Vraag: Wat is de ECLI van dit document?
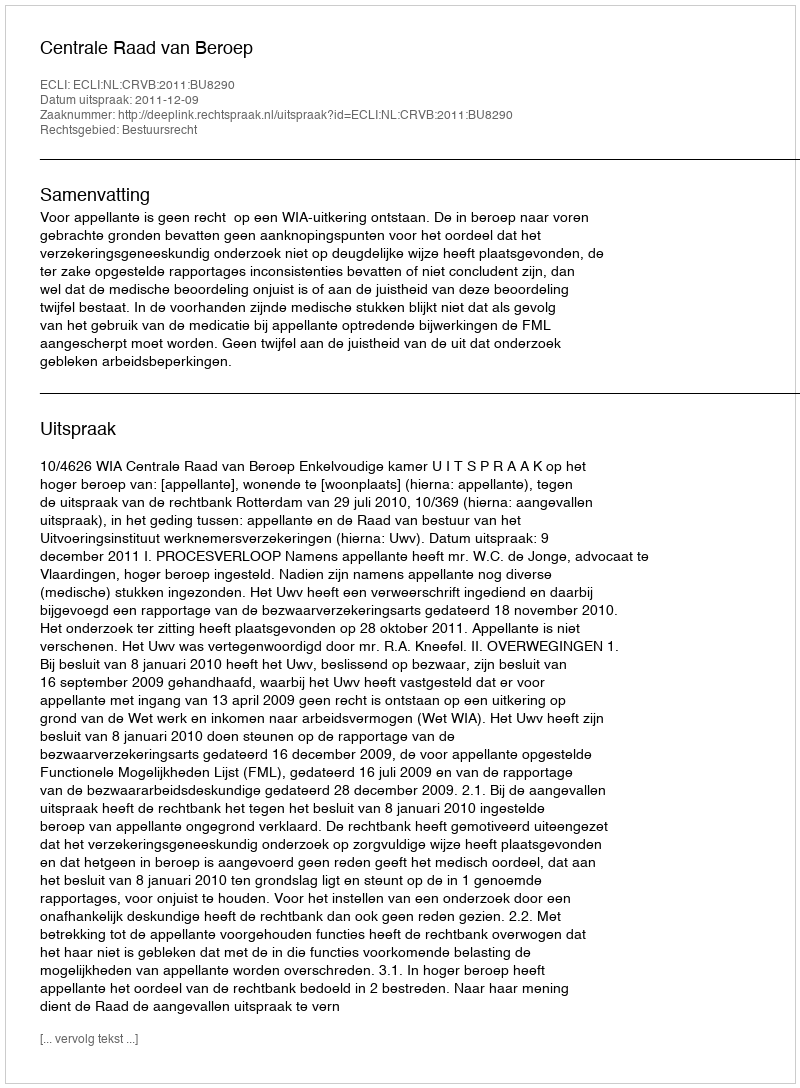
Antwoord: ECLI:NL:CRVB:2011:BU8290